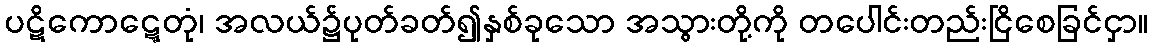
ပဋိကောဋ္ဋေတုံ၊ အလယ်၌ပုတ်ခတ်၍နှစ်ခုသော အသွားတို့ကို တပေါင်းတည်းငြိစေခြင်ငှာ။